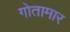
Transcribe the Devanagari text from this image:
गोतामार